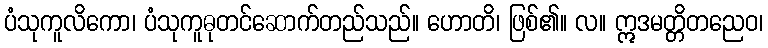
ပံသုကူလိကော၊ ပံသုကူဓုတင်ဆောက်တည်သည်။ ဟောတိ၊ ဖြစ်၏။ လ။ ဣဒမတ္တိတညေဝ၊